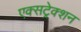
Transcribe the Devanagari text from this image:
एक्सट्रेक्शन